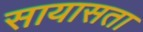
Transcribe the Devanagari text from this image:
सायासता